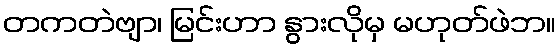
တကတဲဗျာ၊ မြင်းဟာ နွားလိုမှ မဟုတ်ဖဲဘ။